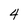
Character: 4